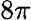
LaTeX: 8\pi